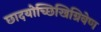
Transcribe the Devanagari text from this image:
छादयोच्छिखिग्रिवेण